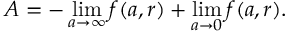
{ \cal A } = - \operatorname * { l i m } _ { a \rightarrow \infty } f ( a , r ) + \operatorname * { l i m } _ { a \rightarrow 0 } f ( a , r ) .